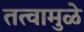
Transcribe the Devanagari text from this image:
तत्वामुळे